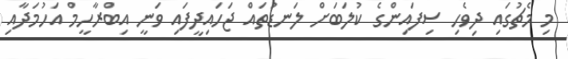
މި މެޗުގައި ދިވެހި ސިފައިންގެ ކުލަބަށް ލަނޑުތައް ޖަހައިދީފައި ވަނީ އިބްރާހީމް އަހުމަދާއި